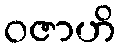
ဝဇာဟိ